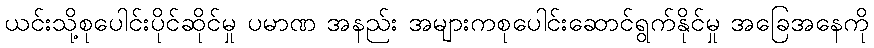
ယင်းသို့စုပေါင်းပိုင်ဆိုင်မှု ပမာဏ အနည်း အများကစုပေါင်းဆောင်ရွက်နိုင်မှု အခြေအနေကို